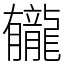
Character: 龓